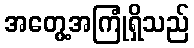
အတွေ့အကြုံရှိသည်